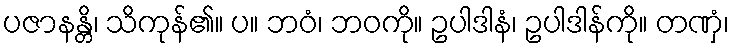
ပဇာနန္တိ၊ သိကုန်၏။ ပ။ ဘဝံ၊ ဘဝကို။ ဥပါဒါနံ၊ ဥပါဒါန်ကို။ တဏှံ၊